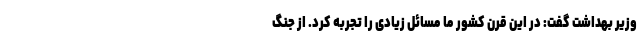
وزیر بهداشت گفت: در این قرن کشور ما مسائل زیادی را تجربه کرد. از جنگ